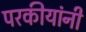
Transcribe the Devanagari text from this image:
परकीयांनी